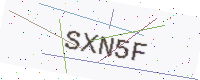
Text: SXN5F